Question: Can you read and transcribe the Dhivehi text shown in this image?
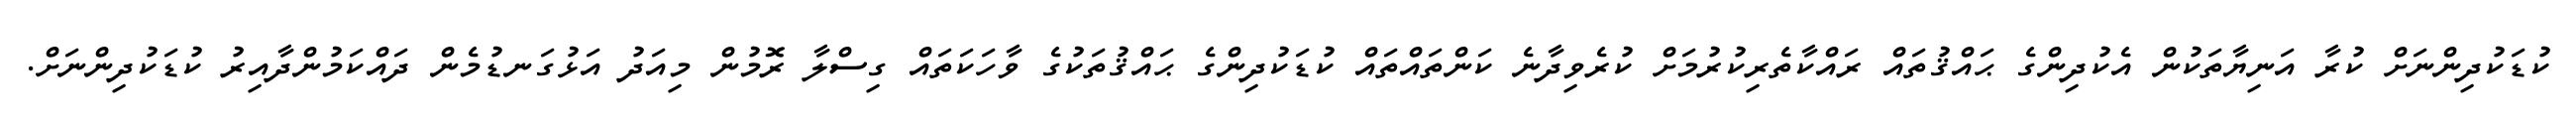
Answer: ކުޑަކުދިންނަށް ކުރާ އަނިޔާތަކުން އެކުދިންގެ ޙައްޤުތައް ރައްކާތެރިކުރުމަށް ކުރެވިދާނެ ކަންތައްތައް ކުޑަކުދިންގެ ޙައްޤުތަކުގެ ވާހަކަތައް ގިސްލާ ރޮމުން މިއަދު އަޅުގަނޑުމެން ދައްކަމުންދާއިރު ކުޑަކުދިންނަށް.